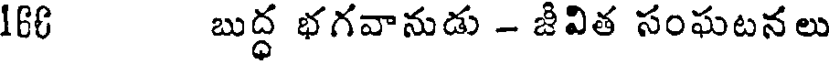
166 బుద్ధ భగవానుడు - జీవిత సంఘటనలు